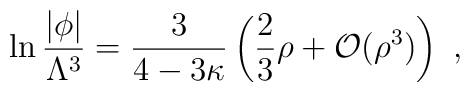
\ln \frac{|\phi|}{\Lambda^3} = \frac3{4-3\kappa} \left( \frac23 \rho+ \mathcal{O}(\rho^3) \right)~,